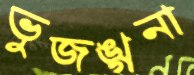
ভুজঙ্গনা